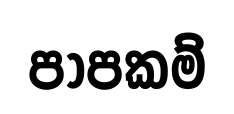
පාපකම්